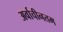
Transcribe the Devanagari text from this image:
अर्वाचीनतम